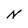
Character: N